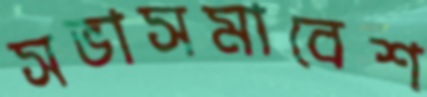
সভাসমাবেশ